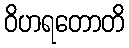
ဝိဟရတောတိ